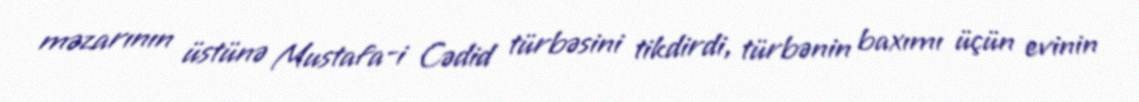
məzarının üstünə Mustafa-i Cədid türbəsini tikdirdi, türbənin baxımı üçün evinin